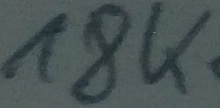
Text: 18K